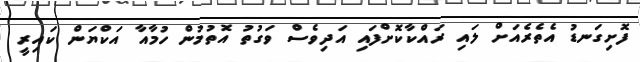
ފޮށިގަނޑު އެތެރެއަށް ލައި ރައްކާކޮށްފައި އަދިވެސް ވަގުތު އޮތުމުން ހުމާއާ އަކްޔަން ކައިރީ